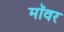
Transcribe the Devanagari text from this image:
मॉवर